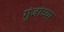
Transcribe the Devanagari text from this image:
गुंजांच्या